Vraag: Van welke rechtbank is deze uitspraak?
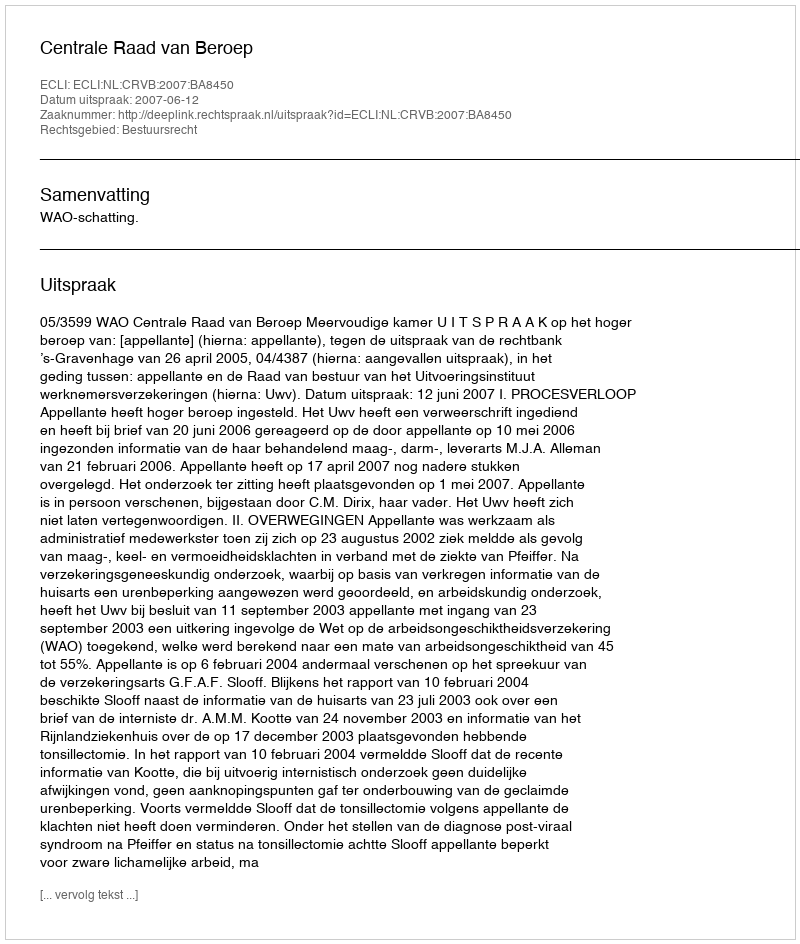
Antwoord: Centrale Raad van Beroep